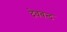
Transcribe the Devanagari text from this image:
देवबन्‍द